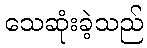
သေဆုံးခဲ့သည်